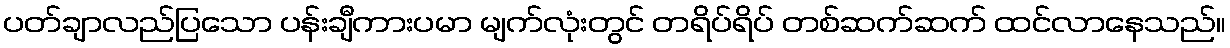
ပတ်ချာလည်ပြသော ပန်းချီကားပမာ မျက်လုံးတွင် တရိပ်ရိပ် တစ်ဆက်ဆက် ထင်လာနေသည်။